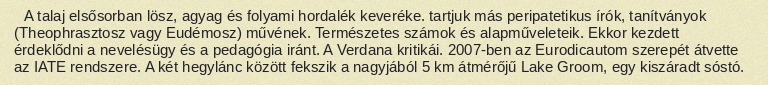
A talaj elsősorban lösz, agyag és folyami hordalék keveréke. tartjuk más peripatetikus írók, tanítványok (Theophrasztosz vagy Eudémosz) művének. Természetes számok és alapműveleteik. Ekkor kezdett érdeklődni a nevelésügy és a pedagógia iránt. A Verdana kritikái. 2007-ben az Eurodicautom szerepét átvette az IATE rendszere. A két hegylánc között fekszik a nagyjából 5 km átmérőjű Lake Groom, egy kiszáradt sóstó.